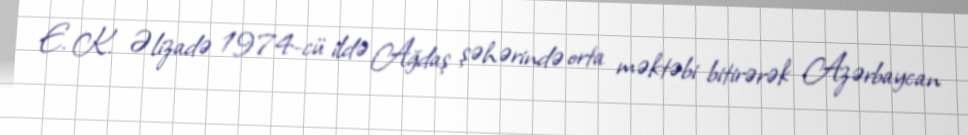
E. K. Əlizadə 1974-cü ildə Ağdaş şəhərində orta məktəbi bitirərək Azərbaycan